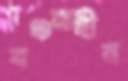
বঞ্চনাহীন